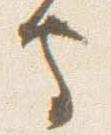
守